Lunatic asylums Bombay report 1891-1903 - 1891-1903
Year: 1891
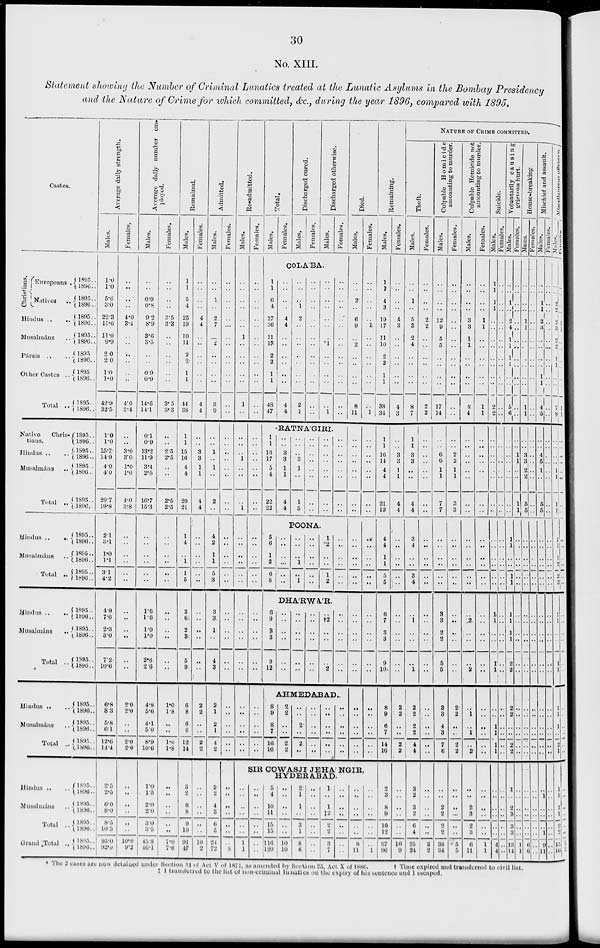
30
No. XIII.
Statement showing the Number of Criminal Lunatics treated at the Lunatic Asylums in the Bombay Presidency
and the Nature of Crime for which committed, &c., during the year 1896, compared with 1895.
Castes.
Christians.
Europeans ..
Natives
..
Hindus ..
..
Musalmáns
..
Pársis
..
..
Other Castes ..
Total ..
Native
Chris-
tians.
Hindus ..
..
Musalmáns
..
Total ..
Hindus ..
Musalmáns
..
Total ..
Hindus .. ..
Musalmáns
..
Total ..
Hindus .. ..
Musalmáns ..
Total ..
Hindus .. ..
Musalmáns ..
Total ..
Grand Total ..
1895 ..
1896 ..
1895..
1896..
1895 ..
1896..
1895..
1896 ..
1895 ..
1896 ..
1895 ..
1896 ..
1895..
1896..
1895 ..
1896 ..
1895 ..
1896 ..
1895 ..
1896 ..
1895 ..
1896 ..
1895 ..
1896 ..
1895 ..
1896 ..
1895 ..
1896 ..
1895 ..
1896 ..
1895 ..
1896 ..
1895 ..
1896 ..
1895 ..
1896 ..
1895 ..
1896 ..
1895 ..
1896 ..
1895 ..
1896 ..
1895 ..
1896 ..
1895 ..
1896 ..
1895 ..
1896 ..
Average daily strength.
Males.
1.0
1.0
5.6
3.0
22.3
15.6
11.0
9.9
2.0
2.0
1.0
1.0
42.9
32.5
1.0
1.0
15.7
14.9
4.0
4.0
20.7
19.8
2.1
3.1
1.0
1.1
3.1
4.2
4.9
7.6
2.3
3.0
7.2
10.6
6.8
8.3
5.8
6.1
12.6
14.4
2.5
2.5
6.0
8.0
8.5
10.5
95.0
92.0
Females.
..
..
..
..
4.0
3.4
..
..
..
..
..
..
4.0
3.4
..
..
3.0
3.0
1.0
1.0
4.0
3.8
..
..
..
..
..
..
..
..
..
..
..
..
2.0
2.0
..
..
2.0
2.0
..
..
..
..
..
..
10.0
9.2
Average daily number em-
ployed.
Males.
..
..
0.9
0.8
9.2
8.9
3.6
3.5
..
..
0.9
0.9
14.6
14.1
0.1
0.9
13.2
11.9
3.4
2.5
16.7
15.3
..
..
..
..
..
..
1.6
1.6
1.0
1.0
2.6
2.6
4.8
5.6
4.1
5.0
8.9
10.6
1.0
1.5
2.0
2.0
3.0
3.5
45.8
46.1
Females.
..
..
..
..
3.5
3.3
..
..
..
..
..
..
3.5
3.3
..
..
2.5
2.5
..
..
2.5
2.5
..
..
..
..
..
..
..
..
..
..
..
..
1.0
1.8
..
..
1.0
1.8
..
..
..
..
..
..
7.0
7.6
Remained.
Males.
1
1
5
4
25
19
10
11
2
2
1
1
44
38
1
1
15
16
4
4
20
21
1
4
..
1
1
5
3
63
2
3
5
9
6
8
6
6
12
14
3
2
6
8
9
10
91
47
Females.
..
..
..
..
4
4
..
..
..
..
..
..
4
4
..
..
3
3
1
1
4
4
..
..
..
..
..
..
..
..
..
..
..
..
2
2
..
..
2
2
..
..
..
..
..
..
10
2
Admitted.
Males.
..
..
1
..
2
7
..
2
..
..
..
..
3
9
..
..
1
..
1
..
2
..
4
2
1
1
5
3
3
3
1
..
4
3
2
1
2
1
4
2
2
2
4
3
6
5
21
72
Females.
..
..
..
..
..
..
..
..
..
..
..
..
..
..
..
..
..
..
..
..
..
..
..
..
..
..
..
..
..
..
..
..
..
..
..
..
..
..
..
..
..
..
..
..
..
..
..
8
Re-admitted.
Males.
..
..
..
..
..
..
1
..
..
..
..
..
1
..
..
..
..
1
..
..
..
1
..
..
..
..
..
..
..
..
..
..
..
..
..
..
..
..
..
..
Females.
..
..
..
..
..
..
..
..
..
..
..
..
..
..
..
..
..
..
..
..
..
..
..
..
..
..
..
..
..
..
..
..
..
..
..
..
..
..
..
..
Total.
Males.
Females.
Discharged cured.
Males.
Females.
Discharged otherwise.
Males.
Females.
COLABA.
1
1
6
4
27
26
11
13
2
2
1
1
48
47
..
..
..
..
4
4
..
..
..
..
..
..
4
4
..
..
..
1
2
..
..
..
..
..
..
..
2
1
..
..
..
..
..
..
..
..
..
..
..
..
..
..
..
..
..
..
..
..
..
1
..
..
..
..
..
1
..
..
..
..
..
..
..
..
..
..
..
..
..
..
RATNA'GIRI.
1
1
16
17
5
4
22
22
..
..
3
3
1
1
4
4
..
..
..
3
1
..
1
3
..
..
..
..
..
..
..
..
..
..
..
..
..
..
..
..
..
..
..
..
..
..
..
..
POONA.
5
6
1
2
6
8
..
..
..
..
..
..
..
..
..
1
..
1
..
..
..
..
..
..
1
*2
..
..
1
2
..
..
..
..
..
..
DHA'RWA'R.
6
9
3
3
9
12
..
..
..
..
..
..
..
..
..
..
..
..
..
..
..
..
..
..
..
†2
..
..
..
2
..
..
..
..
..
..
AHMEDABAD.
8
9
8
7
16
16
2
2
..
..
2
2
..
..
2
..
2
..
..
..
..
..
..
..
..
..
..
..
..
..
..
..
..
..
..
..
Died.
Males.
..
..
2
..
6
9
..
2
..
..
..
..
8
11
..
..
..
..
..
..
..
..
..
..
..
..
..
..
..
..
..
..
..
..
..
..
..
..
..
..
Females.
..
..
..
..
.. 1
..
..
..
..
..
..
..
1
..
..
..
..
..
..
..
..
..
..
..
..
..
..
..
..
..
..
..
..
..
..
..
..
..
..
SIR COWASJI JEHA NGIR,
HYDERABAD.
..
..
..
..
..
..
1
1
..
..
..
..
..
..
..
..
5
4
10
11
15 15
116
120
..
..
..
..
..
..
10
10
2
1
1
..
3
1
8
6
..
..
..
..
..
..
..
..
1
..
1
‡2
2
2
3
7
..
..
..
..
..
..
..
..
..
..
..
..
..
..
8
11
..
..
..
..
..
..
..
1
Remaining.
Males.
1
1
4
3
19
17
11
10
2
2
1
1
38
34
1
1
16
14
4
4
21
19
4
4
1
1
5
5
6
7
3
3
9
10
8
9
6
7
14
16
2
3
8
9
10
12
97
96
Females.
..
..
..
..
4
3
..
..
..
..
..
..
4
3
..
..
3
3
1
1
4
4
..
..
..
..
..
..
..
..
..
..
..
..
2
2
..
..
2
2
..
..
..
..
..
..
10
9
NATURE OF CRIME COMMITTED.
Theft.
Males.
..
..
1
..
5
3
2
4
..
..
..
..
8
7
1
1
3
3
..
..
4
4
3
4
..
..
3
4
..
1
..
..
..
1
2
2
2
2
4
4
3
2
3
2
6
4
25
24
Females.
..
..
..
..
2
2
..
..
..
..
..
..
2
2
..
..
..
..
..
..
..
..
..
..
..
..
..
..
..
..
..
..
..
..
..
..
..
..
..
..
..
..
..
..
..
..
2
2
Culpable Homicide
amounting to murder.
Males.
..
..
..
..
12
9
5
5
..
..
..
..
17
14
..
..
6
6
1
1
7
7
..
..
..
..
..
..
3
3
2
2
5
5
3
3
4
3
7
6
..
..
2
2
2
2
38
34
Females.
..
..
..
..
..
..
..
..
..
..
..
..
..
..
..
..
2
2
1
1
3
3
..
..
..
..
..
..
..
..
..
..
..
..
2
2
..
..
2
2
..
..
..
..
..
..
5
5
Culpable Homicide not
amounting
to murder.
Males.
..
..
..
..
3
3
1
1
..
..
..
..
4
4
..
..
..
..
..
..
..
..
..
..
..
..
..
..
..
2
..
..
..
2
..
1
..
1
..
2
..
..
2
3
2
3
6
11
Females.
..
..
..
..
1
1
..
..
..
..
..
..
1
1
..
..
..
..
..
..
..
..
..
..
..
..
..
..
..
..
..
..
..
..
..
..
..
..
..
..
..
..
..
..
..
..
1
1
Suicide.
Males.
1
1
1
1
..
..
..
..
..
..
..
..
2
2
..
..
..
..
..
..
..
..
..
..
..
..
..
..
1
1
..
..
1
1
..
..
1
1
1
1
..
..
..
..
..
..
4
4
Females.
..
..
..
..
..
..
..
..
..
..
..
..
..
..
..
..
..
..
..
..
..
..
..
..
..
..
..
..
..
..
..
..
..
..
..
..
..
..
..
..
..
..
..
..
..
..
..
..
Voluntarily causing
grievous hurt.
Males.
..
..
1
..
2
4
1
1
1
1
..
..
5
6
..
..
..
..
..
..
..
..
..
..
..
..
..
..
1
1
1
1
2
2
2
2
..
..
2
2
1
..
2
3
3
3
13
14
Females.
..
..
..
..
..
..
..
..
..
..
..
..
..
..
..
..
1
1
..
..
1
1
1
1
..
..
1
1
..
..
..
..
..
..
..
..
..
..
..
..
..
..
..
..
..
..
1
1
House-breaking.
Males.
..
..
..
..
1
1
..
..
..
..
..
..
1
1
..
..
3
3
2
2
5
5
..
..
..
..
..
..
..
..
..
..
..
..
..
..
..
..
..
..
..
..
..
..
..
..
6
6
Females.
..
..
..
..
..
..
..
..
..
..
..
..
..
..
..
..
..
..
..
..
..
..
..
..
..
..
..
..
..
..
..
..
..
..
..
..
..
..
..
..
..
..
..
..
..
..
..
..
Mischief and assault.
Males.
..
..
1
1
2
3
..
..
..
..
1
1
4
5
..
..
4
5
1
..
5
5
..
..
..
..
..
..
..
..
..
..
..
..
..
..
..
..
..
..
..
1
..
..
..
1
9
11
Females.
..
..
..
..
..
..
..
..
..
..
..
..
..
..
..
..
..
..
..
..
..
..
..
..
..
..
..
..
..
..
..
..
..
..
..
..
..
..
..
..
..
..
..
..
..
..
..
..
Miscellaneous
offences.
Males.
..
..
2
2
2
3
2
2
1
1
..
..
7
8
..
..
..
..
1
1
1
1
1
1
1
2
2
3
1
1
..
..
1
1
1
1
1
..
2
1
1
1
1
1
2
2
13
16
Females.
..
..
..
..
1
1
..
..
..
..
..
..
1
1
..
..
..
..
..
..
..
..
..
..
..
..
..
..
..
..
..
..
..
..
..
..
..
..
..
..
..
..
..
..
..
..
1
1
* The 2 cases are now detained under Section 31 of Act V of 1871, as amended by Section 23, Act X of 1886.
†
Time expired and transferred to civil list.
‡ 1 transferred to the list of non-criminal lunatics on the expiry of his sentence and 1 escaped.